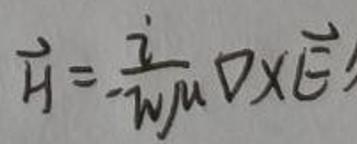
$\vec{H}=\frac{i}{w\mu}\nabla\times\vec{E}$